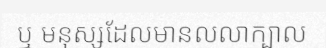
ឬ មនុស្សដែលមានលលាក្បាល